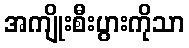
အကျိုးစီးပွားကိုသာ